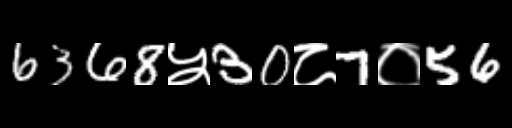
Text: 6368५30८7०56